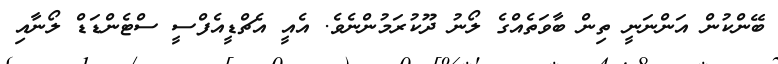
ބޭންކުން އަންނަނީ ތިން ބާވަތެއްގެ ލޯނު ދޫކުރަމުންނެވެ. އެއީ އެޗްޑީއެފްސީ ސްޓެންޑަޑް ލޯނާއި